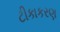
ટીકાકરણ